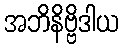
အဘိနိဗ္ဗိဒါယ